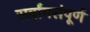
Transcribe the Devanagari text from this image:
सर्वांगसंपूर्ण